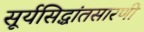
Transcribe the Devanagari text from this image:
सूर्यसिद्धांतसारणी